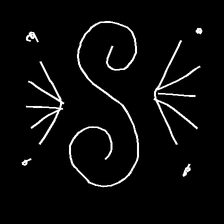
Glyph: aeroform